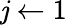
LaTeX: \mathit{j}\leftarrow1